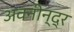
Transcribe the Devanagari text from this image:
अवनीन्द्र